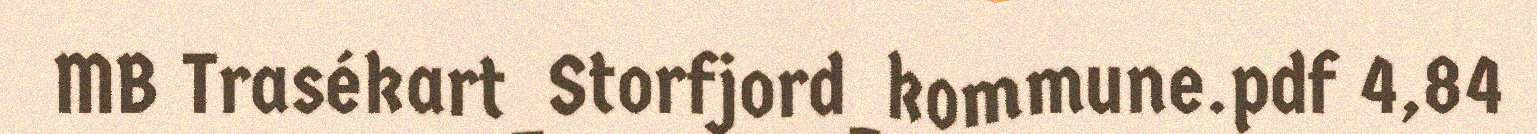
MB Trasékart_Storfjord_kommune.pdf 4,84